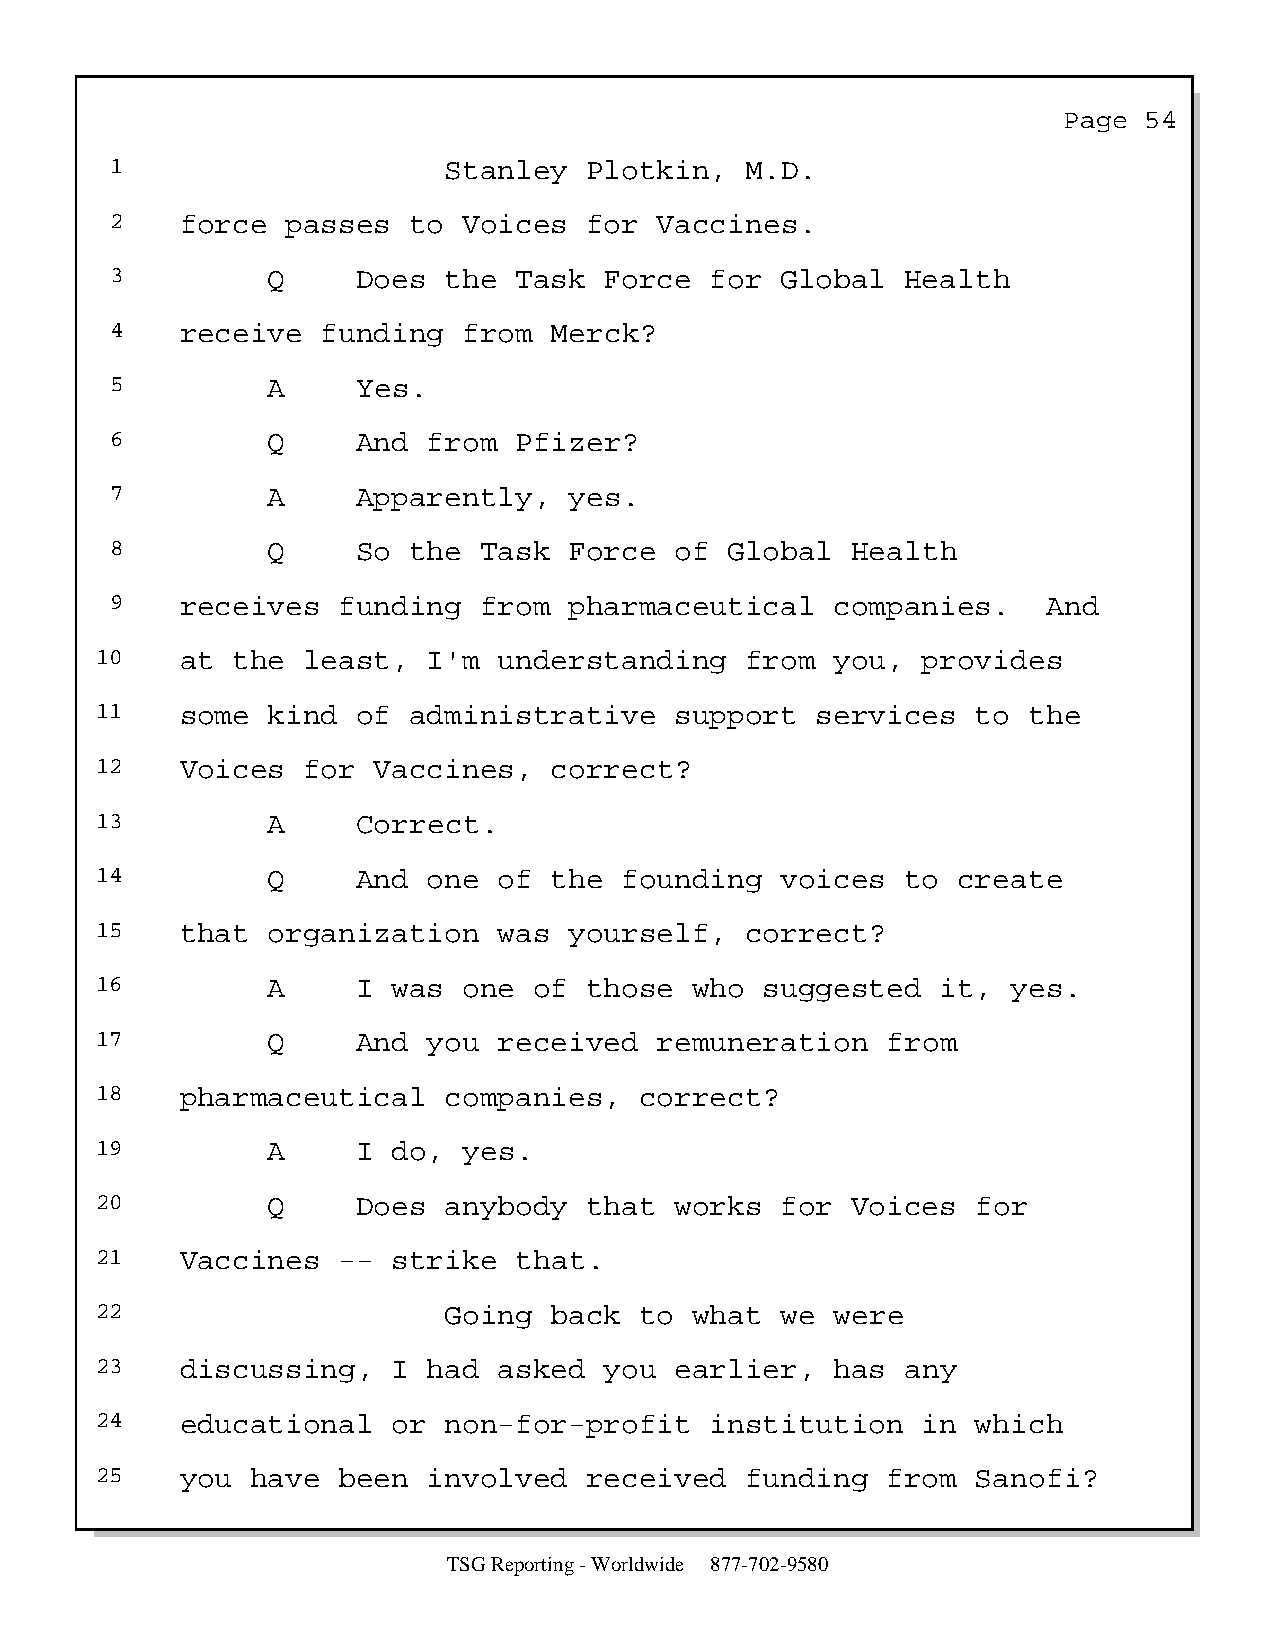
Page  54
 1                     Stanley   Plotkin,  M.D.
 2    force  passes  to  Voices  for  Vaccines.
 3          Q     Does the  Task  Force  for  Global  Health
 4    receive  funding   from Merck?
 5          A     Yes.
 6          Q     And from  Pfizer?
 7          A     Apparently,   yes.
 8          Q     So the  Task  Force  of Global  Health
 9    receives  funding   from  pharmaceutical   companies.    And
 10    at the  least,  I'm  understanding   from  you,  provides
 11    some  kind  of administrative    support  services   to the
 12    Voices  for  Vaccines,  correct?
 13          A     Correct.
 14          Q     And one  of the  founding   voices  to create
 15    that  organization   was  yourself,  correct?
 16          A     I was  one of  those  who  suggested  it,  yes.
 17          Q     And you  received   remuneration   from
 18    pharmaceutical   companies,   correct?
 19          A     I do,  yes.
 20          Q     Does anybody   that  works  for Voices   for
 21    Vaccines  --  strike  that.
 22                     Going  back  to  what  we were
 23    discussing,   I had  asked  you  earlier,  has  any
 24    educational   or non-for-profit    institution   in  which
 25    you  have been  involved   received  funding   from  Sanofi?
 TSG Reporting - Worldwide 877-702-9580